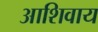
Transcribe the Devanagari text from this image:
आशिवाय